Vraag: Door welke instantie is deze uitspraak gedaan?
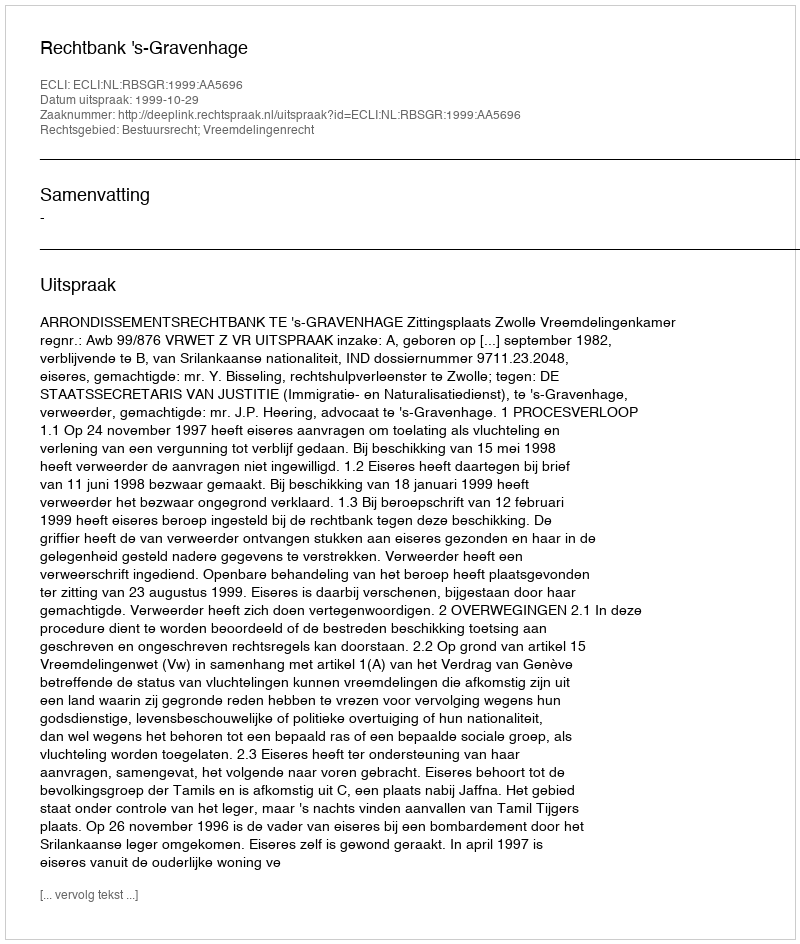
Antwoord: Rechtbank 's-Gravenhage